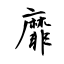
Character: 靡